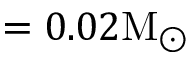
= 0 . 0 2 \mathrm { M _ { \odot } }